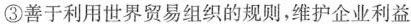
③善于利用世界贸易组织的规则，维护企业利益